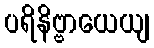
ပရိနိဗ္ဗာယေယျ